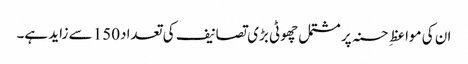
ان کی مواعظِ حسنہ پر مشتمل چھوٹی بڑی تصانیف کی تعداد150 سے زاید ہے۔